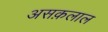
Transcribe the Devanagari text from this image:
असक़लाल